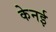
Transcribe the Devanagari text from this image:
केनई